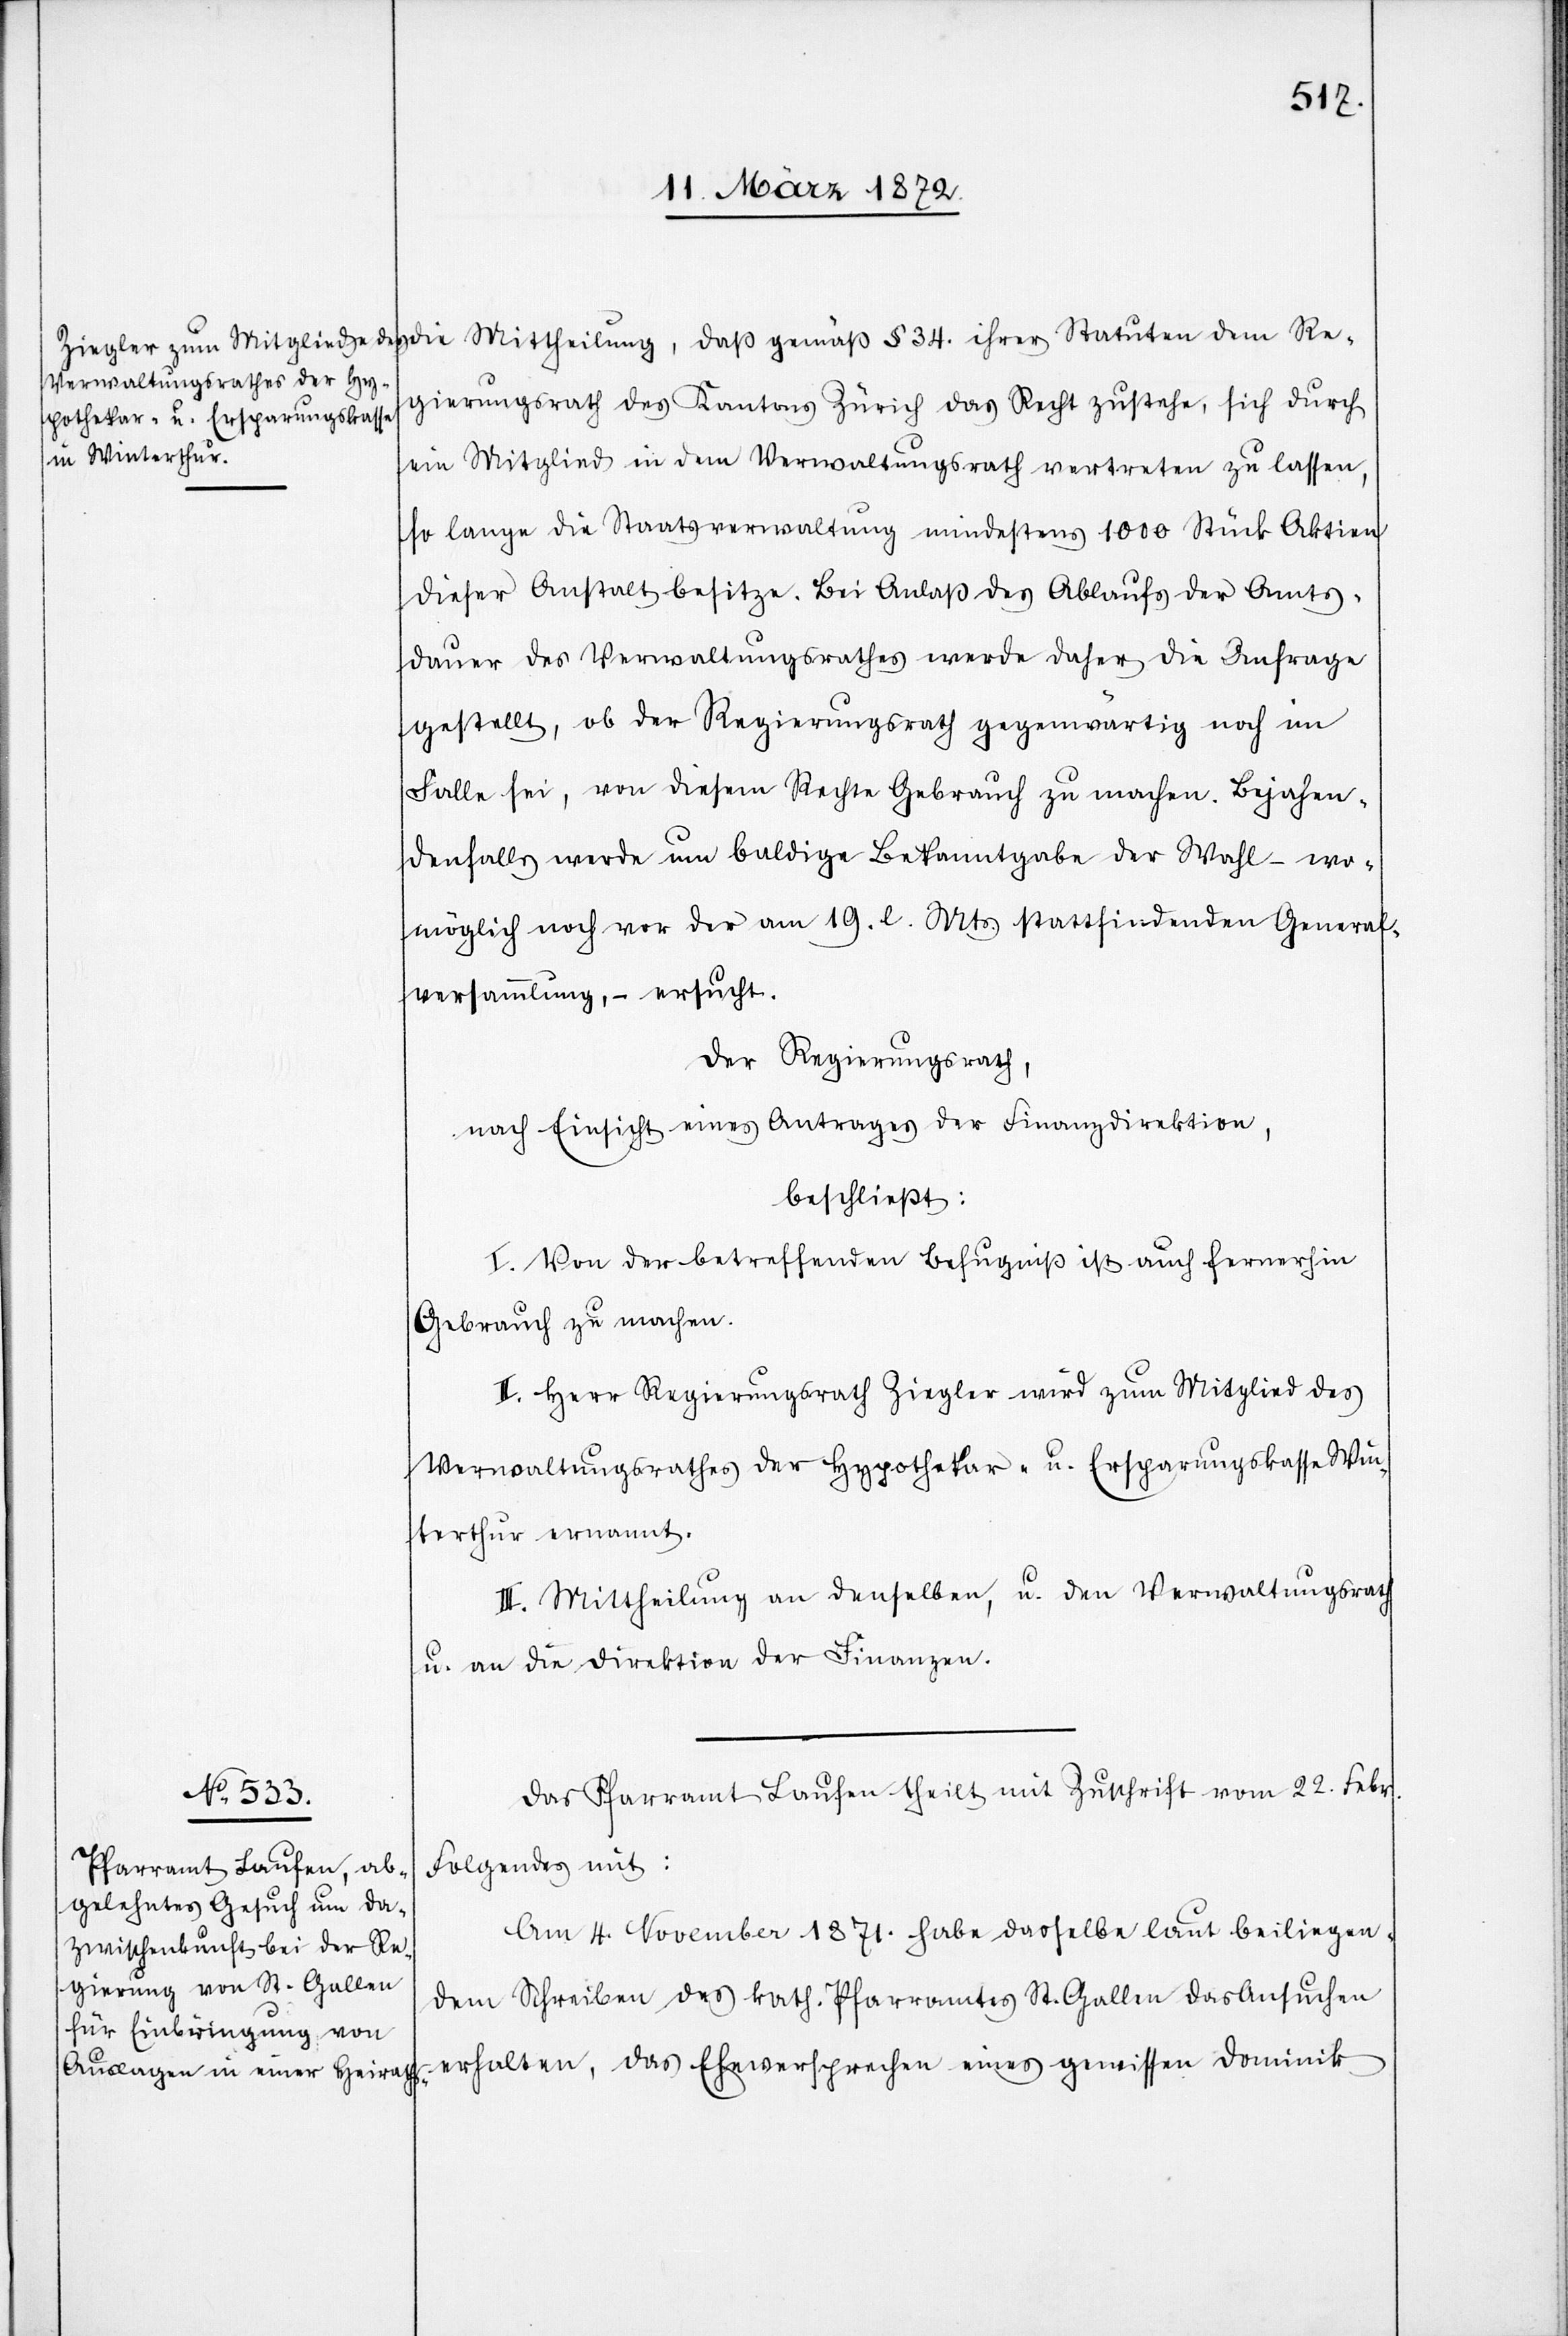
die Mittheilung, daß gemäß § 34. ihrer Statuten dem Re¬
gierungsrath des Kantons Zürich das Recht zustehe, sich durch
ein Mitglied in dem Verwaltungsrath vertreten zu lassen,
so lange die Staatsverwaltung mindestens 1000 Stück Aktien
dieser Anstalt besitze. Bei Anlaß des Ablaufs der Amts¬
dauer des Verwaltungsrathes werde daher die Anfrage
gestellt, ob der Regierungsrath gegenwärtig noch im
Falle sei, von diesem Rechte Gebrauch zu machen. Bejahen¬
denfalls werde um baldige Bekanntgabe der Wahl – wo¬
möglich noch vor der am 19. l. Mts. stattfindenden General¬
versammlung, – ersucht.
Der Regierungsrath,
nach Einsicht eines Antrages der der Finanzdirektion,
beschließt:
I. Von der betreffenden Befugniß ist auch fernerhin
Gebrauch zu machen.
II. Herr Regierungsrath Ziegler wird zum Mitglied des
Verwaltungsrathes der Hypothekar- u. Ersparungskasse Win¬
terthur ernannt.
III. Mittheilung an denselben, u. den Verwaltungsrath
u. an die Direktion der Finanzen.
Das Pfarramt Laufen theilt mit Zuschrift vom 22. Febr.
Folgendes mit:
Am 4. November 1872. habe dasselbe laut beiliegen¬
dem Schreiben des kath. Pfarramtes St. Gallen das Ansuchen
erhalten, das Eheversprechen eines gewissen Dominik